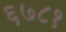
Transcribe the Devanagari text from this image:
६७८१